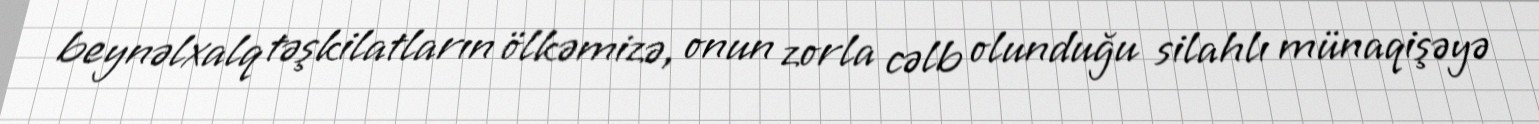
beynəlxalq təşkilatların ölkəmizə, onun zorla cəlb olunduğu silahlı münaqişəyə